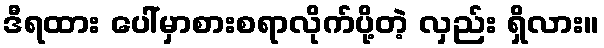
ဒီရထား ပေါ်မှာစားစရာလိုက်ပို့တဲ့ လှည်း ရှိလား။